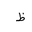
Letter: _za